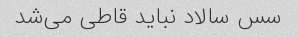
سس سالاد نباید قاطى می‌شد